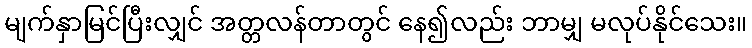
မျက်နှာမြင်ပြီးလျှင် အတ္တလန်တာတွင် နေ၍လည်း ဘာမျှ မလုပ်နိုင်သေး။